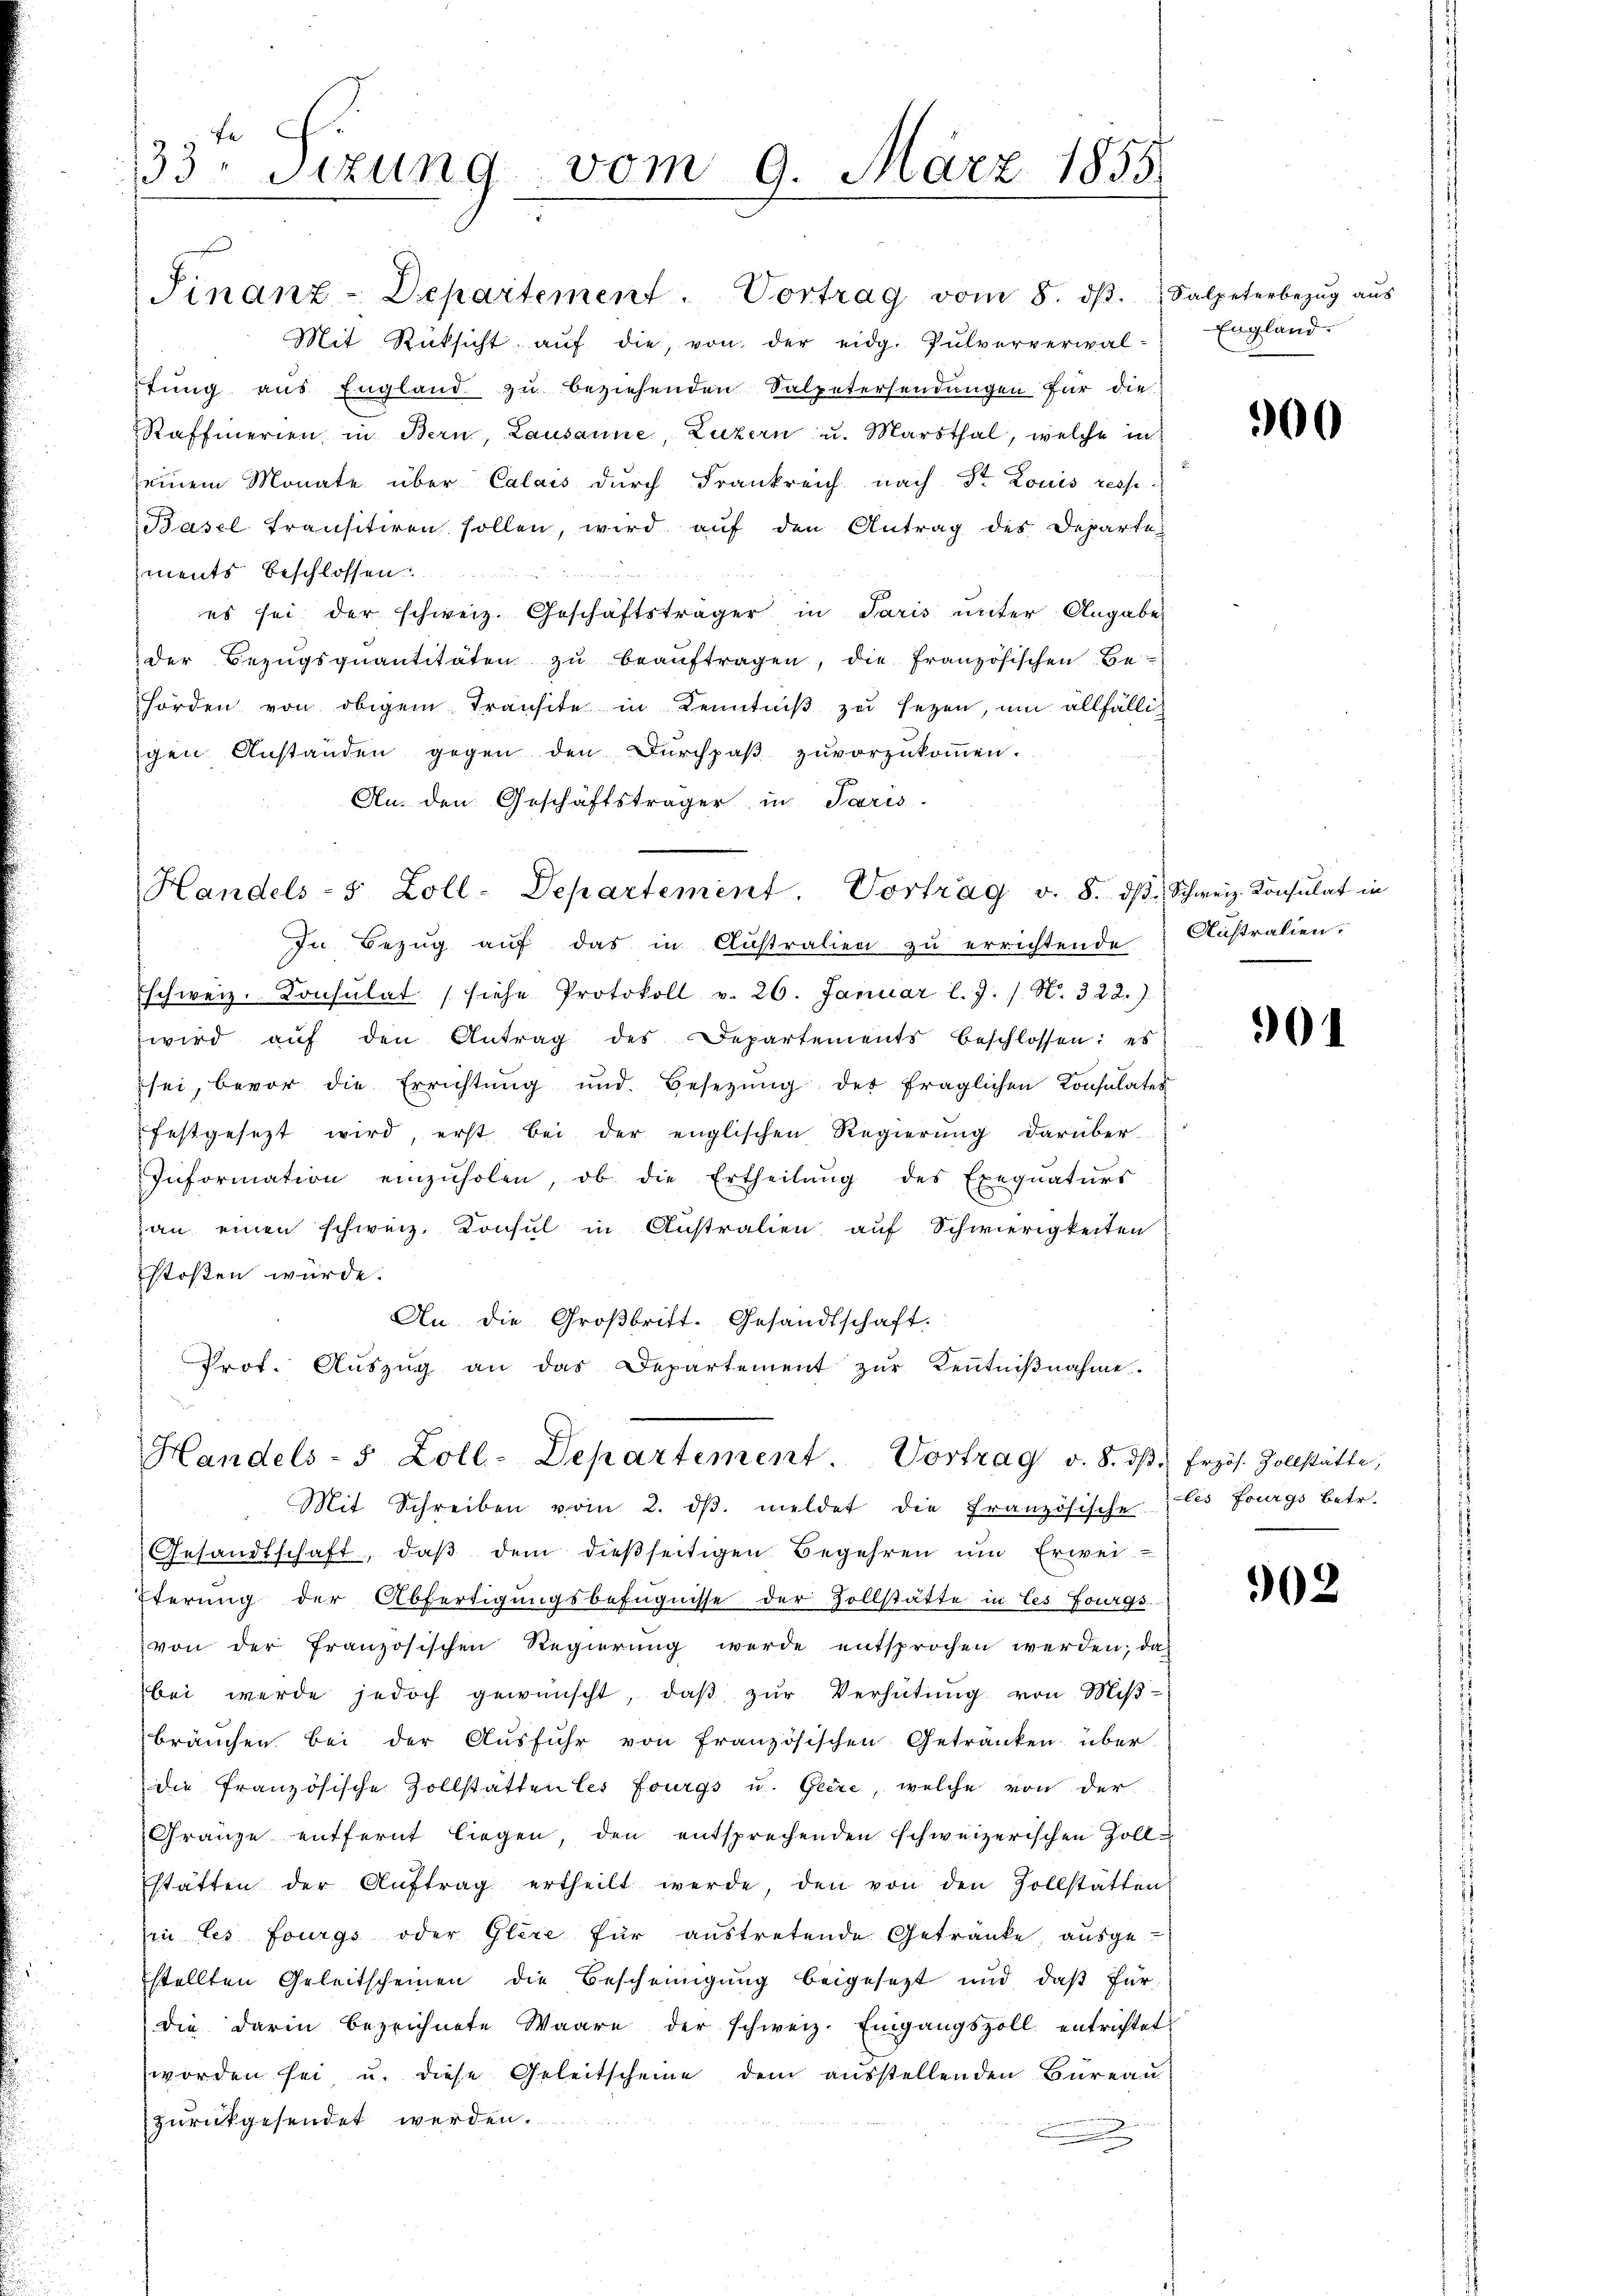
33. Sizung

Mit Rücksicht aŭf die, von der eidg. Pulververwal-
tŭng aus England zu beziehenden Salpetersendungen für die
Raffmerien in Bern, Lausanne, Luzern u. Marthal, welche in
seinem Monate über Calais durch Frankreich nach Dr Louis resp.
Basel transitiren sollen, wird auf den Antrag des Departe
ments beschlossen:
es sei der schweiz. Geschäftsträger in Paris unter Angabe
der Bezugsquantitäten zu beauftragen, die französischen Be
hörden von obigem Transite in Kenntniß zu sezen, um allfällig
gen Anstanden gegen den Dŭrchpaβ zŭvorzŭkoṁen.
An. den Geschäftsträger in Paris.
In Bezŭg aŭf das in Clŭstralien zŭ errichtende Australien,
schweiz. Konsulat (siehe Protokoll v. 26. Januar l. J. / N. 322.)
wird aŭf den Antrag des Departements beschlossen: es
sei, bevor die Errichtŭng und Besetzŭng der fraglichen Consulater
festgesezt wird, erst bei der englischen Regierung darüber-
Information einzŭholen, ob die Ertheilŭng des Exequaturs
an einen schweiz. Konsul in Australien auf Schwierigkeiten
stoßen würde.
An die Großbritt. Gesandtschaft.
Prot. Auszug an das Departement zur Kenntnißnahme.
Handels- 5 Zoll-Departement. Vortrag v. 8. dβ frzös. Zollstätte,
Mit Schreiben vom 2. dβ. meldet die Französische
Gesandtschaft, daß dem dießseitigen Begehren um Erwei-
Eterung der Abfertigungsbefugnisse der Zollstätte in Ces Fourgs
von der Französischen Regierung werde entsprochen werden, das
bei werde jedoch gewünscht, daβ zŭr Verhütŭng von Miβ-
bräuchen bei der Ausführ von Französischen Getränken über
die französische Zollstatten les fourgs u. Geere, welche von der
Gränze entfernt liegen, den entsprechenden schweizerischen Zoll-
stätten der Aŭftrag ertheilt werde, den von den Zollstätten
in les fourgs oder Glire für austretende Getränke ausge-
stellten Geleitscheinen die Bescheinigŭng beigesetzt und daβ für-
die darin bezeichnete Waare der schweiz. Eingangszoll entrichtet
worden sei u. diese Geleitscheine dem ausstellenden Bureau
zurückgesendet werden.

vom

9. März 1855

Finanz-Departement. Vortrag vom 8. dβ. Salpeterbezug aus

Handels- 5 Zoll-Departement. Vortrag v. 8. dβ Schweiz. Konsulat in

England.

900

901

cles fourgs betr.

902